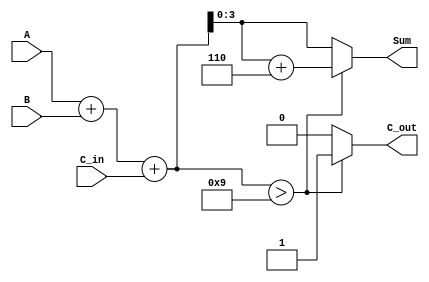
module BCD_Parallel_Adder (
    input  [3:0] A,        // BCD digit input A
    input  [3:0] B,        // BCD digit input B
    input        C_in,      // Carry input
    output reg [3:0] Sum,   // BCD sum output
    output reg C_out        // Carry output
);

// Internal wire for the 5-bit sum
wire [4:0] S;

// Calculate the binary sum
assign S = A + B + C_in;

always @(*) begin
    // Check for BCD correction
    if (S > 5'b01001) begin  // If S > 9
        Sum = S + 5'b00110;  // Add 6 to correct
        C_out = 1'b1;        // Set carry out
    end else begin
        Sum = S[3:0];        // No correction needed
        C_out = 1'b0;        // No carry out
    end
end

endmodule